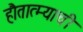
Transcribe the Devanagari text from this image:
हौतात्म्याची